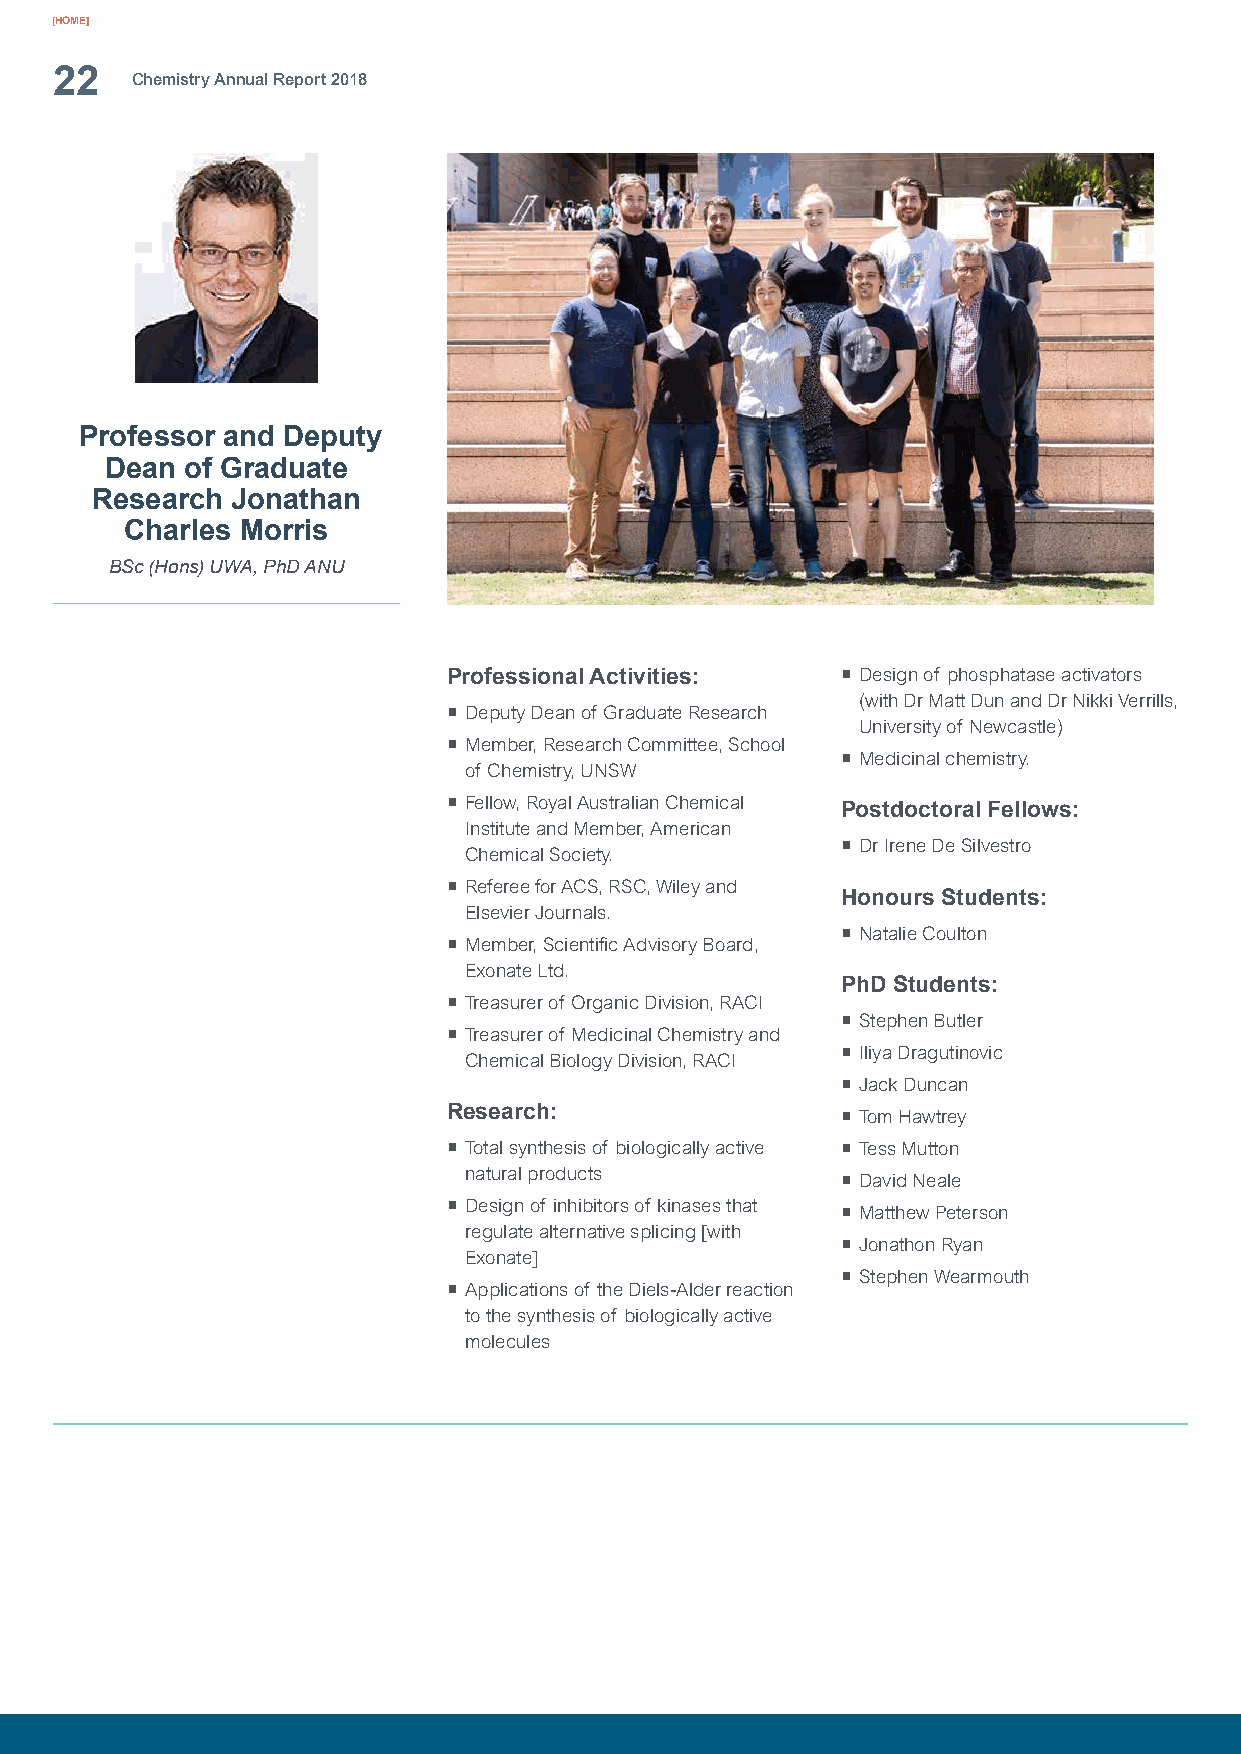
[HOME]
 22
 Chemistry Annual Report 2018
 Professor and Deputy
 Dean of Graduate
 Research Jonathan
 Charles Morris
 BSc (Hons) UWA, PhD ANU
 Professional Activities:  ¡ Design of phosphatase activators
 (with Dr Matt Dun and Dr Nikki Verrills,
 ¡ Deputy Dean of Graduate Research
 University of Newcastle)
 ¡ Member, Research Committee, School
 ¡ Medicinal chemistry.
 of Chemistry, UNSW
 ¡ Fellow, Royal Australian Chemical Postdoctoral Fellows:
 Institute and Member, American
 ¡ Dr Irene De Silvestro
 Chemical Society.
 ¡ Referee for ACS, RSC, Wiley and
 Honours Students:
 Elsevier Journals.
 ¡ Natalie Coulton
 ¡ Member, Scientific Advisory Board,
 Exonate Ltd.
 PhD Students:
 ¡ Treasurer of Organic Division, RACI
 ¡ Stephen Butler
 ¡ Treasurer of Medicinal Chemistry and
 ¡ Iliya Dragutinovic
 Chemical Biology Division, RACI
 ¡ Jack Duncan
 Research:
 ¡ Tom Hawtrey
 ¡ Total synthesis of biologically active ¡ Tess Mutton
 natural products
 ¡ David Neale
 ¡ Design of inhibitors of kinases that
 ¡ Matthew Peterson
 regulate alternative splicing [with
 ¡ Jonathon Ryan
 Exonate]
 ¡ Stephen Wearmouth
 ¡ Applications of the Diels-Alder reaction
 to the synthesis of biologically active
 molecules